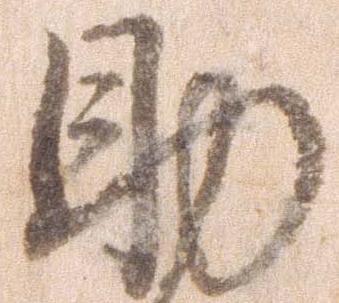
助